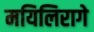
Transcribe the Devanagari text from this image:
मयिलिरागे